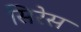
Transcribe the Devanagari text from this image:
सिरेस